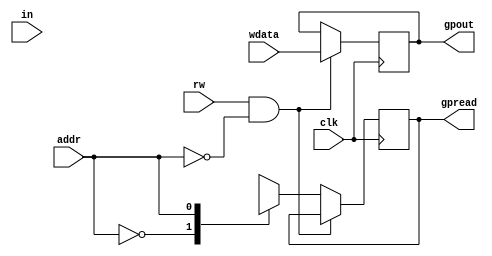
module gpio
(
	input wire addr,
	input wire rw,
	input wire[31:0] in,
	input wire[31:0] wdata,
	input wire clk,
	output reg[31:0] gpout,
	output reg[31:0] gpread
);

reg[31:0] array[1:0]; //array[0] is output,array[1] is input

always@(posedge clk)
begin 
	if(rw && !addr)
		array[0]<=wdata;
	else 
		gpread<=array[addr];
end


always@(*)
begin 
	gpout=array[0];
end



endmodule